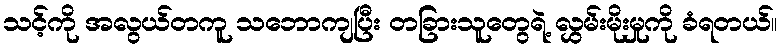
သင့်ကို အလွယ်တကူ သဘောကျပြီး တခြားသူတွေရဲ့ လွှမ်းမိုးမှုကို ခံရတယ်။